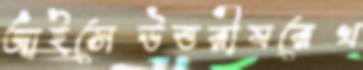
আইসেউত্তরীযরেখ